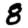
Digit: 8